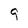
Character: 9